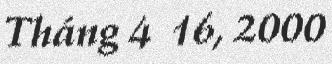
Tháng 4 16, 2000